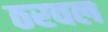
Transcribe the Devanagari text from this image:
ठरवल